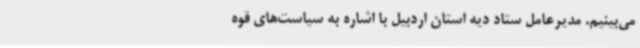
می‌بینیم. مدیرعامل ستاد دیه استان اردبیل با اشاره به سیاست‌های قوه